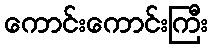
ကောင်းကောင်းကြီး